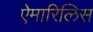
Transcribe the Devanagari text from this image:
ऐमारिलिस